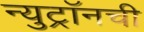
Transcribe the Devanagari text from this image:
न्युट्रॉनची